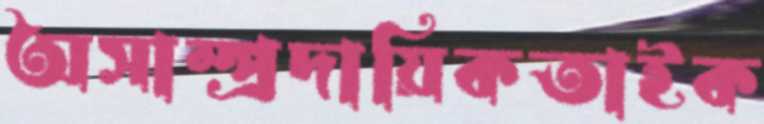
অসাম্প্রদায়িকতাইক